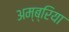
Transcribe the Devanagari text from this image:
अम्ब्रिया